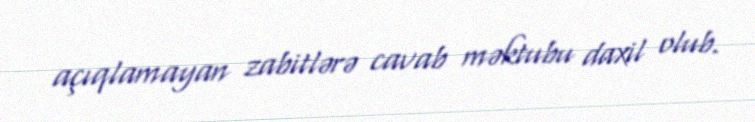
açıqlamayan zabitlərə cavab məktubu daxil olub.